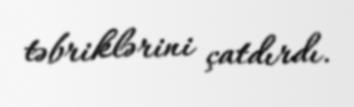
təbriklərini çatdırdı.